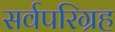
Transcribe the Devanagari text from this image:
सर्वपरिग्रह